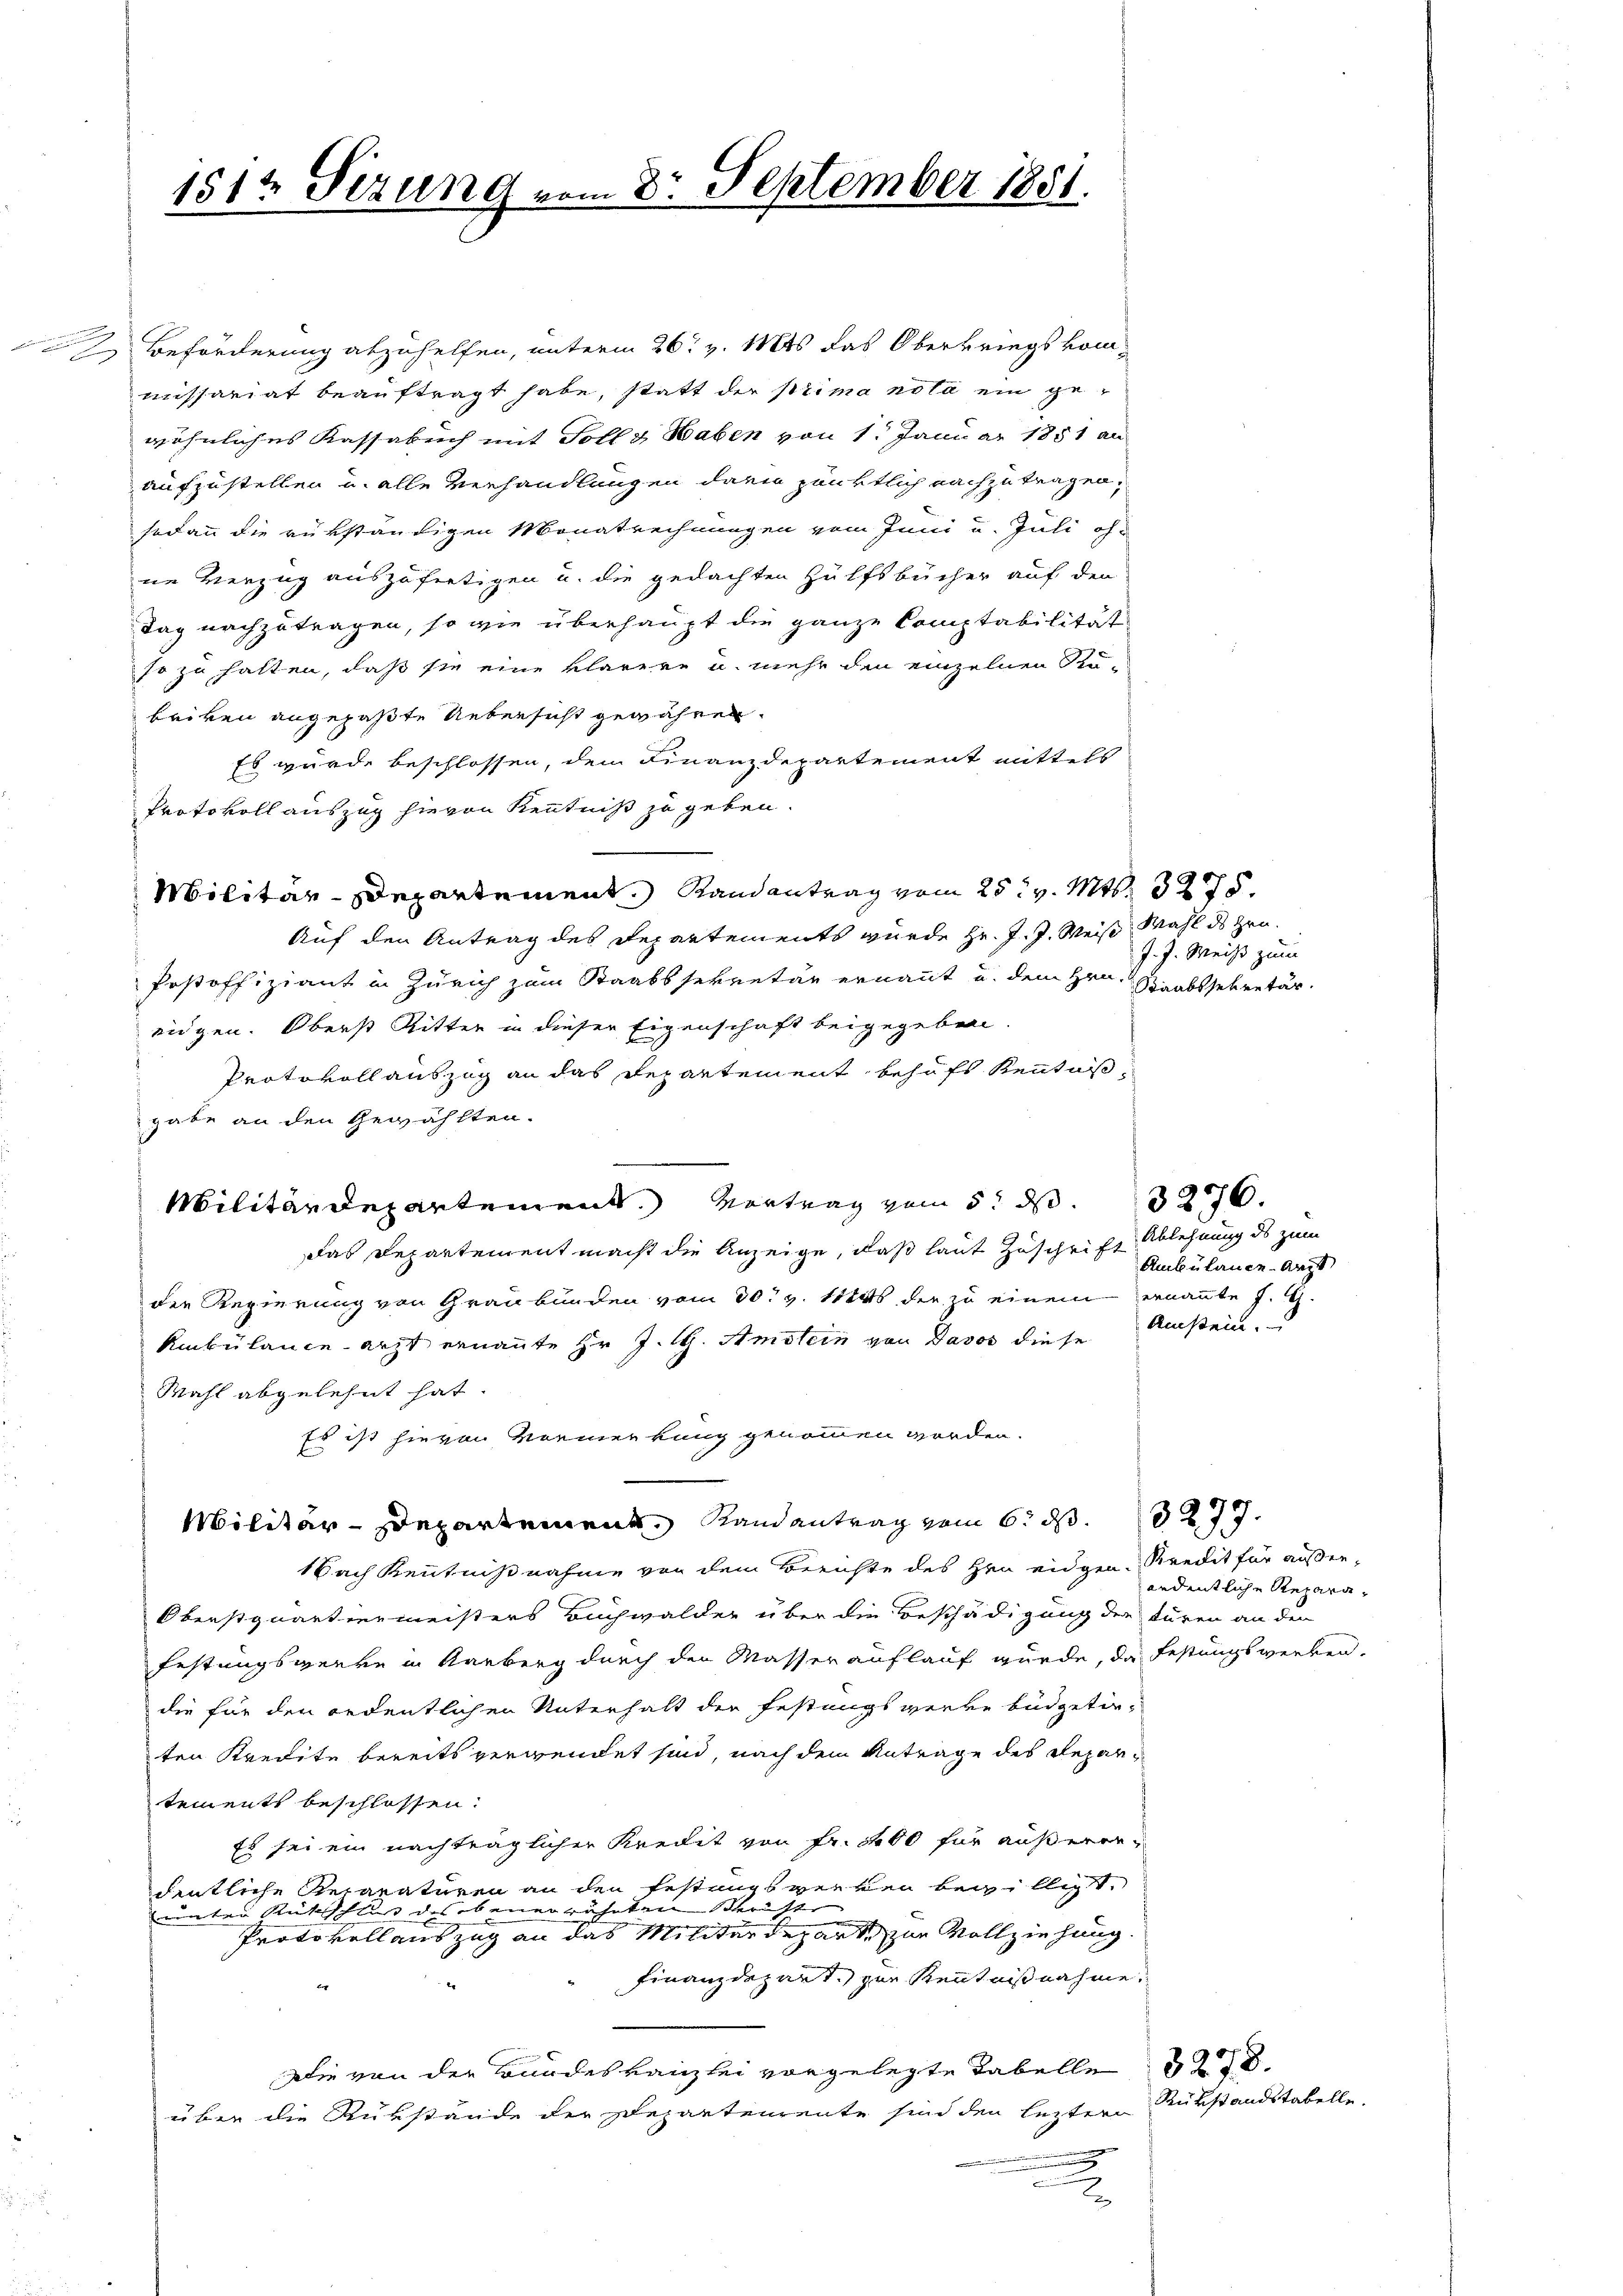
d Beförderung abzuhelfen, unterm 26. v. Mts das Oberkriegskommissariat beauftragt habe, statt der prima nota ein gewöhnliches Kassabuch mit Toll & Haben von 1. Januar 1851 an
aufzustellen u. alle Verhandlungen darin pünktlich nachzutragen,
sodann die rükständigen Monatrechnungen vom Juni u. Juli oh-
ne Verzug auszufertigen u. die gedachten Hülfsbücher auf den
Tag nachzutragen, so wie überhaupt die ganze Comptabilität
so zu halten, daß sie eine klarere u. mehr den einzelnen Stu-
beiben angepaßte Uebersicht gewähren.
Es wurde beschlossen, dem Finanzdepartement mittels
Protokoll auszug hievon Kenntniß zu geben.
Militär-Departement. Randantrag vom 25t v. Mts. 3275.
Auf den Antrag des Departements wurde Hr. J. J. Weise, Mahl des Zeu¬
Postoffiziant in Zürich zum Staatssekretär ernannt u. dem Hrn. Staabssekretär
eidgen. Oberst Ritter in dieser Eigenschaft beigegeben.
Protokoll auszug an das Departement behufs Kenntnis
gabe an den Gewählten.
Militärdepartement. Vortrag vom 5. ds 276.
Das Departement macht die Anzeige, daß laut Zuschrift Ablehnung ds zum
der Regierung von Graubünden vom 30t v. 1884 der zu einem ernannte J. G.
Rmbülanceärzt ernannte Hr. J. H. Amstein von Davos diese
Wahl abgelehnt hat.
Es ist hievon Vormerkung genommen worden.
Militär-Departement, Randantrag vom 6. ds. 277.
1 Nach Kenntnißnahme von dem Berichte des Hrn eidgen. Kredit für äusser-
Oberstquartiermeisters Buchwalder über die Beschädigung der türen an den
Festungsgerre in Karberg durch den Masser auflauf wurde, da Festungswerken.
die für den ordentlichen Unterhalt der Festungswerke büdgetir-
ten Kredite bereits verwendet sind, nach dem Antrage des Repartements beschlossen:
Es sei ein nachträglicher Kredit von Fr. 1400 für außerendentliche Reparaturen an den Festungsverken bewilligt.
nnnten Rüschlug des obenerwähnten Schrift
Protokoll auszug an das Militärdeparti zur Vollziehung.
Finanzdepart. zur Kenntnißnahme,
Die von der Bundeskanzlei vorgelegte Tabelle 418.
über die Rükstände der Departenrente sind den leztern
n
2

1512 Sezung vom 8. September 1881.

J. J. Weiß zum

Ambülance Arzt
Amstein.

andentliche Repara¬

Rükstandstabelle.